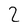
Character: 2